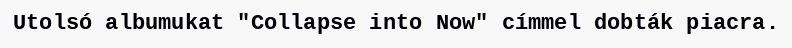
Utolsó albumukat "Collapse into Now" címmel dobták piacra.